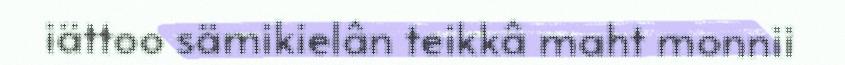
iättoo sämikielân teikkâ maht monnii